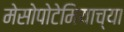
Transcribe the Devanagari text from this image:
मेसोपोटेमियाच्या